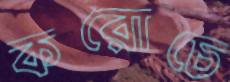
করোচে